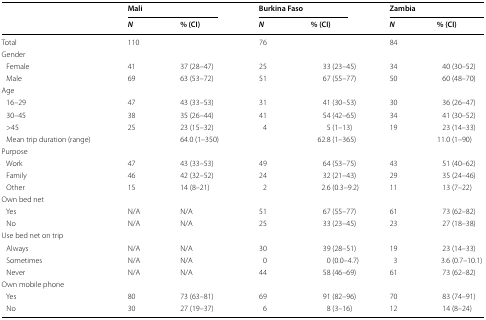
<table><thead><tr><td></td><td colspan="2"><b>Mali</b></td><td colspan="2"><b>Burkina Faso</b></td><td colspan="2"><b>Zambia</b></td></tr><tr><td></td><td><b><i>N</i></b></td><td><b>% (CI)</b></td><td><b><i>N</i></b></td><td><b>% (CI)</b></td><td><b><i>N</i></b></td><td><b>% (CI)</b></td></tr></thead><tbody><tr><td>Total</td><td>110</td><td></td><td>76</td><td></td><td>84</td><td></td></tr><tr><td colspan="7">Gender</td></tr><tr><td> Female</td><td>41</td><td>37 (28–47)</td><td>25</td><td>33 (23–45)</td><td>34</td><td>40 (30–52)</td></tr><tr><td> Male</td><td>69</td><td>63 (53–72)</td><td>51</td><td>67 (55–77)</td><td>50</td><td>60 (48–70)</td></tr><tr><td colspan="7">Age</td></tr><tr><td> 16–29</td><td>47</td><td>43 (33–53)</td><td>31</td><td>41 (30–53)</td><td>30</td><td>36 (26–47)</td></tr><tr><td> 30–45</td><td>38</td><td>35 (26–44)</td><td>41</td><td>54 (42–65)</td><td>34</td><td>41 (30–52)</td></tr><tr><td> &gt;45</td><td>25</td><td>23 (15–32)</td><td>4</td><td>5 (1–13)</td><td>19</td><td>23 (14–33)</td></tr><tr><td> Mean trip duration (range)</td><td></td><td>64.0 (1–350)</td><td></td><td>62.8 (1–365)</td><td></td><td>11.0 (1–90)</td></tr><tr><td colspan="7">Purpose</td></tr><tr><td> Work</td><td>47</td><td>43 (33–53)</td><td>49</td><td>64 (53–75)</td><td>43</td><td>51 (40–62)</td></tr><tr><td> Family</td><td>46</td><td>42 (32–52)</td><td>24</td><td>32 (21–43)</td><td>29</td><td>35 (24–46)</td></tr><tr><td> Other</td><td>15</td><td>14 (8–21)</td><td>2</td><td>2.6 (0.3–9.2)</td><td>11</td><td>13 (7–22)</td></tr><tr><td colspan="7">Own bed net</td></tr><tr><td> Yes</td><td>N/A</td><td>N/A</td><td>51</td><td>67 (55–77)</td><td>61</td><td>73 (62–82)</td></tr><tr><td> No</td><td>N/A</td><td>N/A</td><td>25</td><td>33 (23–45)</td><td>23</td><td>27 (18–38)</td></tr><tr><td colspan="7">Use bed net on trip</td></tr><tr><td> Always</td><td>N/A</td><td>N/A</td><td>30</td><td>39 (28–51)</td><td>19</td><td>23 (14–33)</td></tr><tr><td> Sometimes</td><td>N/A</td><td>N/A</td><td>0</td><td>0 (0.0–4.7)</td><td>3</td><td>3.6 (0.7–10.1)</td></tr><tr><td> Never</td><td>N/A</td><td>N/A</td><td>44</td><td>58 (46–69)</td><td>61</td><td>73 (62–82)</td></tr><tr><td colspan="7">Own mobile phone</td></tr><tr><td> Yes</td><td>80</td><td>73 (63–81)</td><td>69</td><td>91 (82–96)</td><td>70</td><td>83 (74–91)</td></tr><tr><td> No</td><td>30</td><td>27 (19–37)</td><td>6</td><td>8 (3–16)</td><td>12</td><td>14 (8–24)</td></tr></tbody></table>